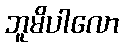
ဘူမိပါလော